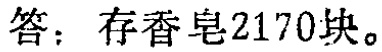
答：存香皂2170块。